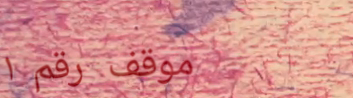
موقف رقم ١